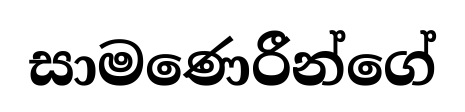
සාමණෙරීන්ගේ